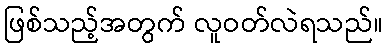
ဖြစ်သည့်အတွက် လူဝတ်လဲရသည်။